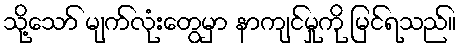
သို့သော် မျက်လုံးတွေမှာ နာကျင်မှုကို မြင်ရသည်။